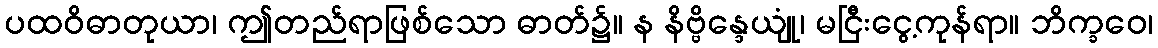
ပထဝိဓာတုယာ၊ ဤတည်ရာဖြစ်သော ဓာတ်၌။ န နိဗ္ဗိန္ဒေယျုံ၊ မငြီးငွေ့ကုန်ရာ။ ဘိက္ခဝေ၊